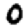
Digit: 0